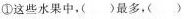
①这些水果中，( )最多，（ )